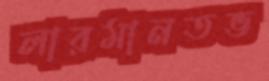
লারমানতভ